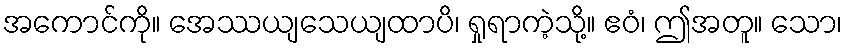
အကောင်ကို။ အေဿယျသေယျထာပိ၊ ရှုရာကဲ့သို့။ ဧဝံ၊ ဤအတူ။ သော၊